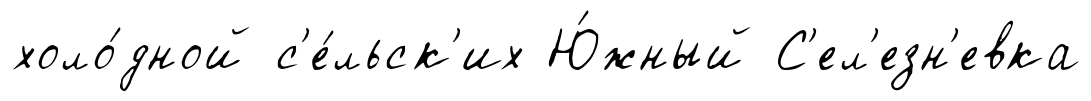
холо́дной с'е́льск'их Ю́жный С'ел'езн'евка